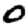
Digit: 0